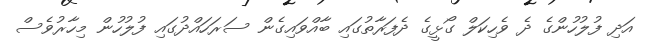
އަދި ފުލުހުންގެ ދެ ވެހިކަލް ގޯޅީގެ ދެފަރާތުގައި ބާއްވައިގެން ސަރަހައްދުގައި ފުލުހުން މިހާރުވެސް